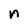
Character: n